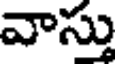
వాస్తు